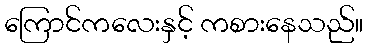
ကြောင်ကလေးနှင့် ကစားနေသည်။